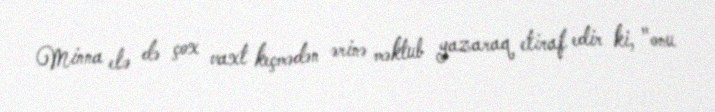
Minna elə də çox vaxt keçmədən ərinə məktub yazaraq etiraf edir ki, "onu